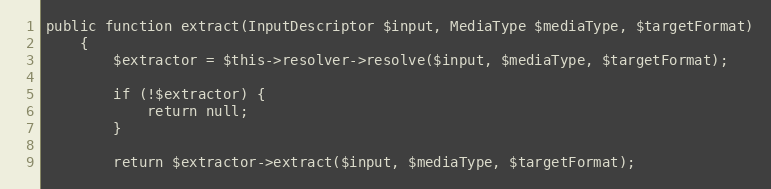
Language: PHP
public function extract(InputDescriptor $input, MediaType $mediaType, $targetFormat)
    {
        $extractor = $this->resolver->resolve($input, $mediaType, $targetFormat);

        if (!$extractor) {
            return null;
        }

        return $extractor->extract($input, $mediaType, $targetFormat);